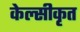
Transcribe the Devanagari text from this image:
केल्सीकृत